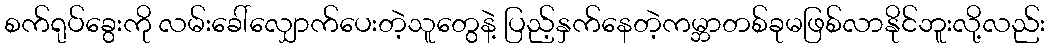
စက်ရုပ်ခွေးကို လမ်းခေါ်လျှောက်ပေးတဲ့သူတွေနဲ့ ပြည့်နှက်နေတဲ့ကမ္ဘာတစ်ခုမဖြစ်လာနိုင်ဘူးလို့လည်း